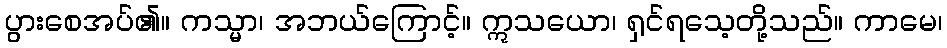
ပွားစေအပ်၏။ ကသ္မာ၊ အဘယ်ကြောင့်။ ဣသယော၊ ရှင်ရသေ့တို့သည်။ ကာမေ၊